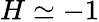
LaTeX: H\simeq-1